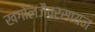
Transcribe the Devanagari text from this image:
खगोलजैवरसायन